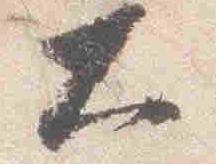
大